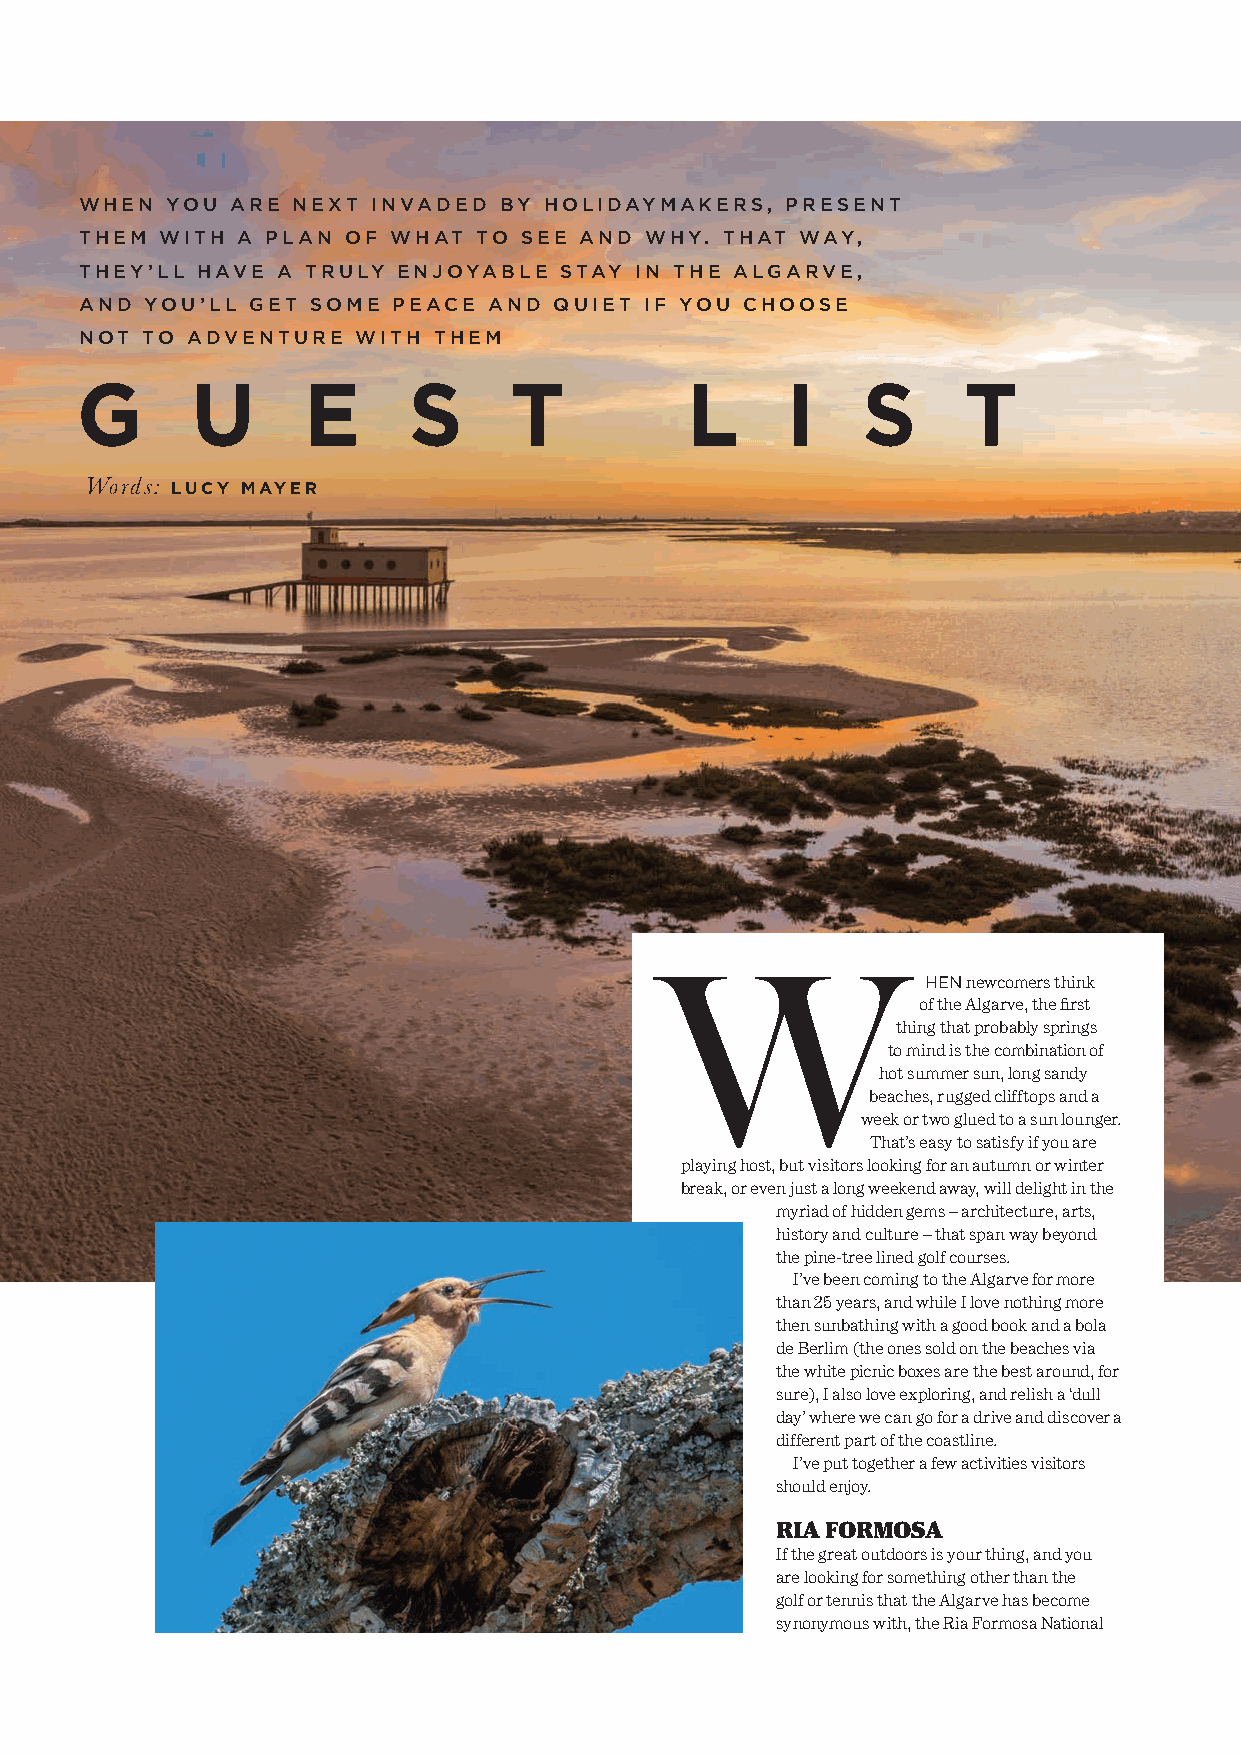
WHEN  YOU ARE NEXT  INVADED BY HOLIDAYMAKERS,  PRESENT
 THEM  WITH A PLAN OF WHAT  TO SEE AND WHY. THAT WAY,
 THEY’LL HAVE A TRULY ENJOYABLE  STAY IN THE ALGARVE,
 AND  YOU’LL GET SOME PEACE AND  QUIET IF YOU CHOOSE
 NOT TO ADVENTURE   WITH THEM
 G       U      E      S      T          L      I    S      T
 Words: LUCY MAYER
 W
 HEN newcomers think
 of the Algarve, the first
 thing that probably springs
 to mind is the combination of
 hot summer sun, long sandy
 beaches, rugged clifftops and a
 week or two glued to a sun lounger.
 That’s easy to satisfy if you are
 playing host, but visitors looking for an autumn or winter
 break, or even just a long weekend away, will delight in the
 myriad of hidden gems – architecture, arts,
 history and culture – that span way beyond
 the pine-tree lined golf courses.
 I’ve been coming to the Algarve for more
 than 25 years, and while I love nothing more
 then sunbathing with a good book and a bola
 de Berlim (the ones sold on the beaches via
 the white picnic boxes are the best around, for
 sure), I also love exploring, and relish a ‘dull
 day’ where we can go for a drive and discover a
 different part of the coastline.
 I’ve put together a few activities visitors
 should enjoy.
 RIA FORMOSA
 If the great outdoors is your thing, and you
 are looking for something other than the
 golf or tennis that the Algarve has become
 synonymous with, the Ria Formosa National